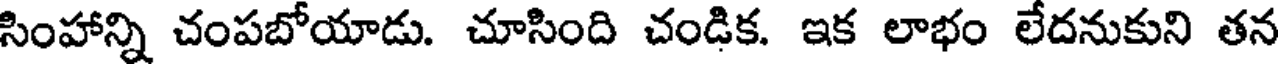
సింహాన్ని చంపబోయాడు. చూసింది చండిక. ఇక లాభం లేదనుకుని తన